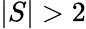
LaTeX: |S|>2